Vaccination United Provinces of Agra and Oudh 1923-1928 - 1923-1928
Year: 1923
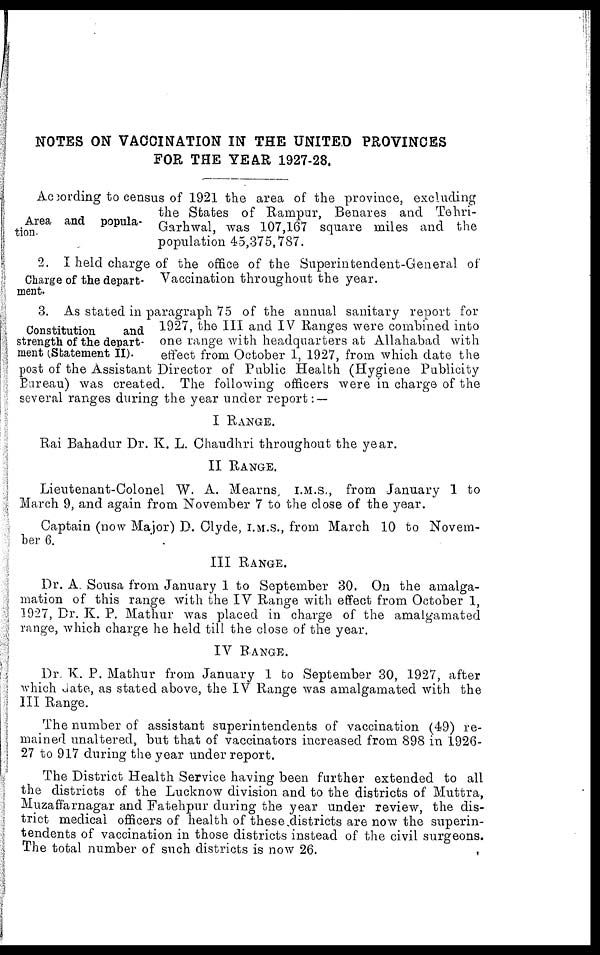
NOTES ON VACCINATION IN THE UNITED PROVINCES
FOR THE YEAR 1927-28.
Area and popula-
tion.
According to census of 1921 the area of the province, excluding
the States of Rampur, Benares and Tehri-
Garhwal, was 107,167 square miles and the
population 45,375,787.
Charge of the depart-
ment.
2. I held charge of the office of the Superintendent-General of
Vaccination throughout the year.
Constitution
and
strength of the depart-
ment (Statement II).
3. As stated in paragraph 75 of the annual sanitary report for
1927, the III and IV Ranges were combined into
one range with headquarters at Allahabad with
effect from October 1, 1927, from which date the
post of the Assistant Director of Public Health (Hygiene Publicity
Bureau) was created. The following officers were in charge of the
several ranges during the year under report: —
I RANGE.
Rai Bahadur Dr. K. L. Chaudhri throughout the year.
II RANGE.
Lieutenant-Colonel W. A. Mearns, I.M.S., from January 1 to
March 9, and again from November 7 to the close of the year.
Captain (now Major) D. Clyde, I.M.S., from March 10 to Novem-
ber 6.
III RANGE.
Dr. A. Sousa from January 1 to September 30. On the amalga-
mation of this range with the IV Range with effect from October 1,
1927, Dr. K. P. Mathur was placed in charge of the amalgamated
range, which charge he held till the close of the year.
IV RANGE.
Dr. K. P. Mathur from January 1 to September 30, 1927, after
which date, as stated above, the IV Range was amalgamated with the
III Range.
The number of assistant superintendents of vaccination (49) re-
mained unaltered, but that of vaccinators increased from 898 in 1926-
27 to 917 during the year under report.
The District Health Service having been further extended to all
the districts of the Lucknow division and to the districts of Muttra,
Muzaffarnagar and Fatehpur during the year under review, the dis-
trict medical officers of health of these districts are now the superin-
tendents of vaccination in those districts instead of the civil surgeons.
The total number of such districts is now 26.